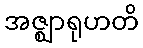
အဇ္ဈာရုဟတိ